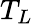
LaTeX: T_{L}